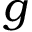
g